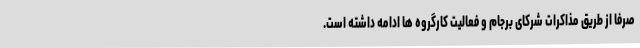
صرفا از طریق مذاکرات شرکای برجام و فعالیت کارگروه ها ادامه داشته است.